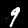
Label: 9